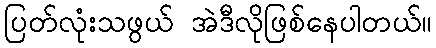
ပြတ်လုံးသဖွယ် အဲဒီလိုဖြစ်နေပါတယ်။